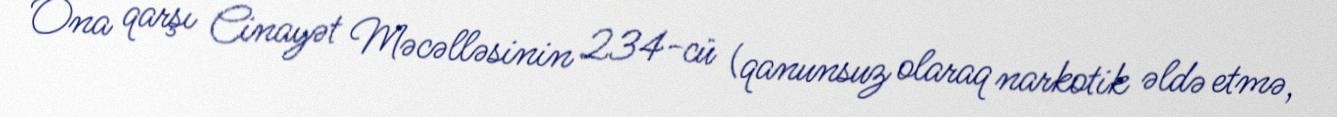
Ona qarşı Cinayət Məcəlləsinin 234-cü (qanunsuz olaraq narkotik əldə etmə,